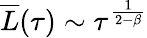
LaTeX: \overline{{L}}(\tau)\sim\tau^{\frac{1}{2-\beta}}